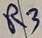
Text: R3